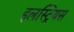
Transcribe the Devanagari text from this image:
इलस्ट्रियस